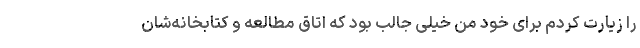
را زیارت کردم برای خود من خیلی جالب بود که اتاق مطالعه و کتابخانه‌شان